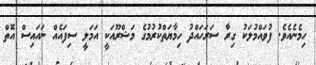
ހިމެނެއެވެ. ފުވައްމުލަކު ގިރާ ސަރަހައްދު ހިމާޔަތްކުރުމުގެ މަޝްރޫއަކީ އަމަލީ ސިފައެއް ނައައިސް އޮތް